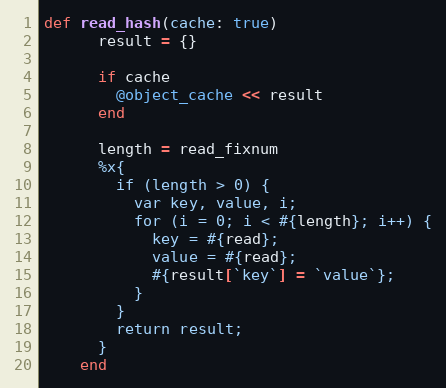
Language: Ruby
def read_hash(cache: true)
      result = {}

      if cache
        @object_cache << result
      end

      length = read_fixnum
      %x{
        if (length > 0) {
          var key, value, i;
          for (i = 0; i < #{length}; i++) {
            key = #{read};
            value = #{read};
            #{result[`key`] = `value`};
          }
        }
        return result;
      }
    end